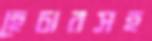
হেচারসহ